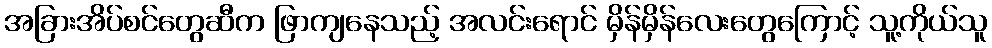
အခြားအိပ်စင်တွေဆီက ဖြာကျနေသည့် အလင်းရောင် မှိန်မှိန်လေးတွေကြောင့် သူ့ကိုယ်သူ